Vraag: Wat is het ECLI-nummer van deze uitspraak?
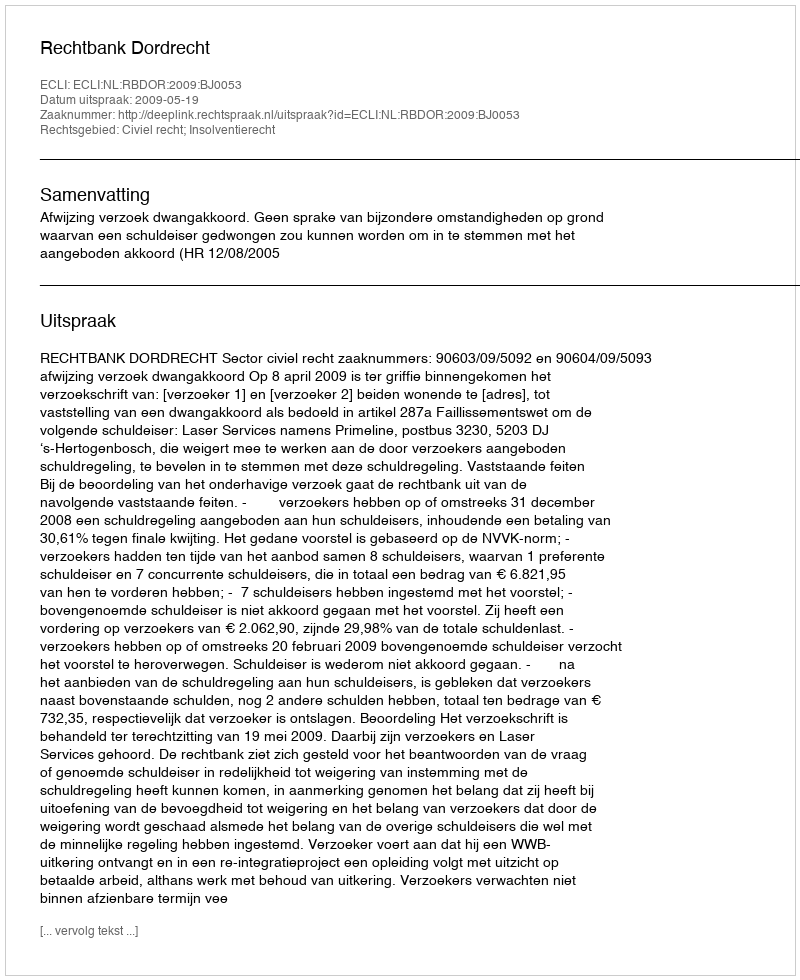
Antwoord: ECLI:NL:RBDOR:2009:BJ0053